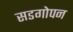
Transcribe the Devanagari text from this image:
सडगोपन